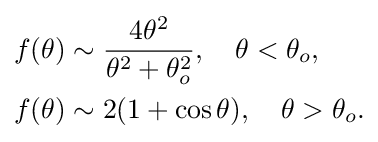
{\begin{aligned}f(\theta )&\sim {\frac {4\theta ^{2}}{\theta ^{2}+\theta _{o}^{2}}},\quad \theta <\theta _{o},\\f(\theta )&\sim 2(1+\cos \theta ),\quad \theta >\theta _{o}.\end{aligned}}